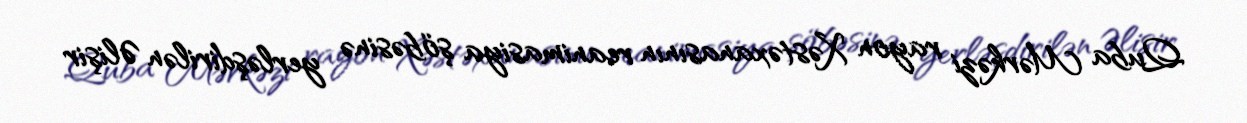
Quba Mərkəzi rayon Xəstəxanasının reanimasiya şöbəsinə yerləşdirilən Əlişir